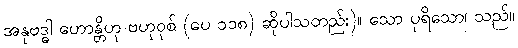
အနုဗဒ္ဓါ ဟောန္တိဟု ဗဟုဝုစ် (ပေ ၁၁၈) ဆိုပါသတည်း)။ သော ပုရိသော၊ သည်။